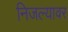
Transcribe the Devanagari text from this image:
निजल्यावर